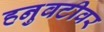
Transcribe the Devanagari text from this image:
हनुवटीवर